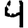
Digit: 4